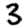
Digit: 3